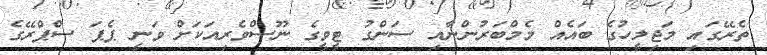
ތެރޭގައި މަޖިލީހުގެ ބައެއް މެމްބަރުންނާއި ސަންގު ޓީވީގެ ނޫސްވެރިއަކަށް ވަނީ ޕެޕަ ސްޕްރޭގެ